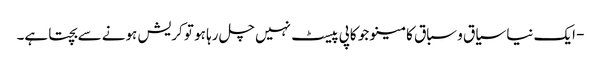
- ایک نیا سیاق و سباق کا مینو جو کاپی پیسٹ نہیں چل رہا ہو تو کریش ہونے سے بچتا ہے۔